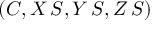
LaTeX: ( C , X \, S , Y \, S , Z \, S )